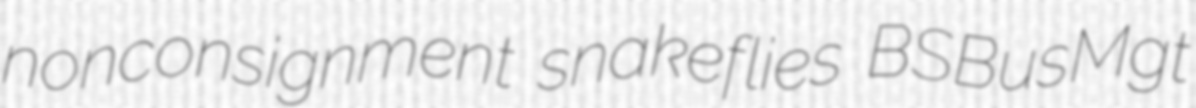
nonconsignment snakeflies BSBusMgt